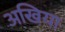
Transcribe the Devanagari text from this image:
अखिया